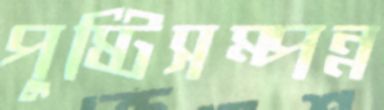
পুষ্টিসম্পন্ন